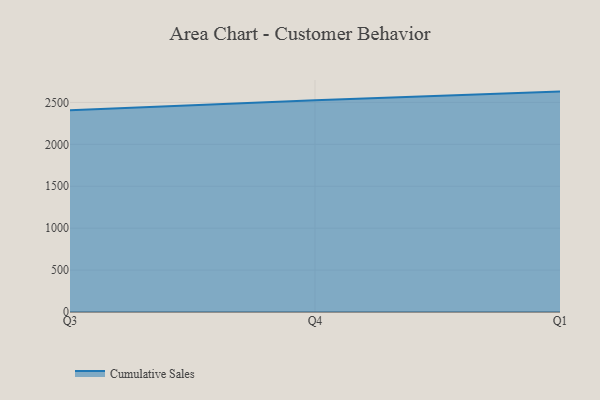
{"axis": {"x": "Quarter", "y": "Net Income (USD K)"}, "legend": ["Cumulative Sales"], "data": [{"x": "Q3", "y": 2405.6, "type": "Cumulative Sales"}, {"x": "Q4", "y": 2526.3, "type": "Cumulative Sales"}, {"x": "Q1", "y": 2629.5, "type": "Cumulative Sales"}]}